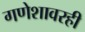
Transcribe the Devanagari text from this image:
गणेशावरही